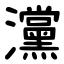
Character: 灙